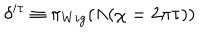
\delta ^ { i \tau } \equiv \pi _ { W i g } ( \Lambda ( \chi = 2 \pi \tau ) )